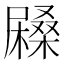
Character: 𡳨